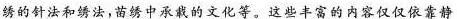
绣的针法和绣法，苗绣中承栽的文化等。这些丰富的内容仅仅依靠静